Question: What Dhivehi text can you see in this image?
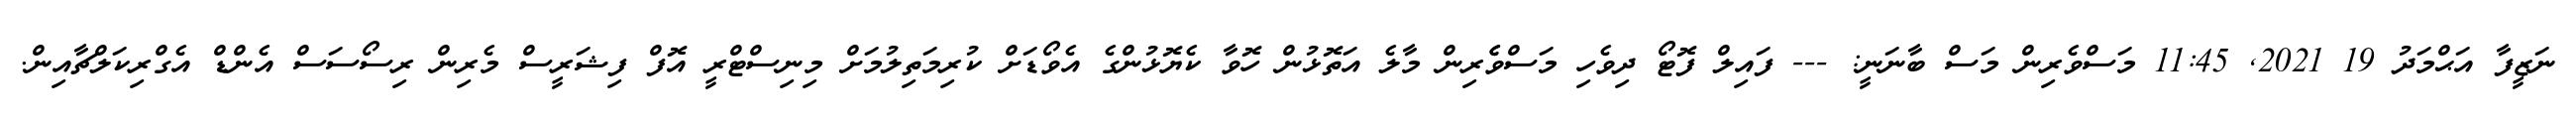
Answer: ނަޒީފާ އަޙްމަދު 19 2021, 11:45 މަސްވެރިން މަސް ބާނަނީ: --- ފައިލް ފޮޓޯ ދިވެހި މަސްވެެރިން މާލެ އަތޮޅުން ހޮވާ ކެޔޮޅުންގެ އެވޯޑަށް ކުރިމަތިލުމަށް މިނިސްޓްރީ އޮފް ފިޝަރީސް މެރިން ރިސޯސަސް އެންޑް އެގްރިކަލްޗާއިން.